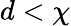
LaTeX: d<\chi